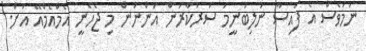
ނަމަވެސް އެ ފައިސާ ނުލިބުނީމަ ސަރުކާރުން އަންނަން މި ޖެހެނީ އެމްއެމްއޭ އަށް.